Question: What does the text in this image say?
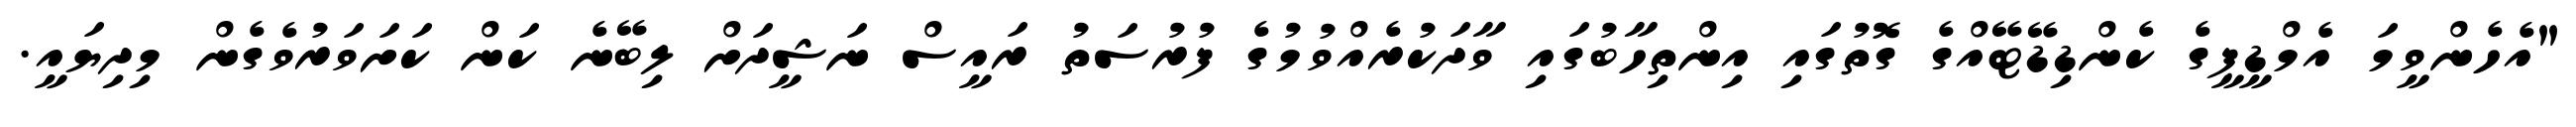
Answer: "އެހެންވީމަ އެމްޑީޕީގެ ކެންޑިޑޭޓޭއްގެ ގޮތުގައި އިންތިހާބުގައި ވާދަކުރެއްވުމުގެ ފުރުސަތު ރައީސް ނަޝީދަށް ލިބޭނެ ކަން ކަށަވަރުވެގެން މިދިޔައީ.